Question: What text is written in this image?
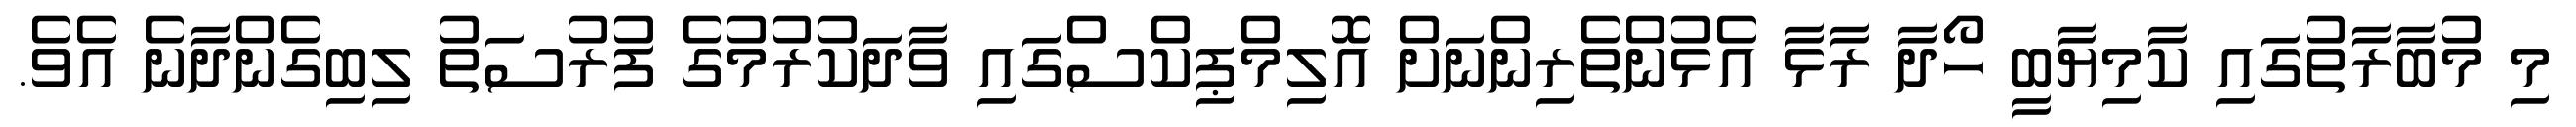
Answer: މި މުބާރާތުގައި ކާމިޔާބީ ހޯދާ ރާޅާ އެޅުންތެރިންނަށް އޮލިމްޕިކްސްގައި ވާދަކުރުމުގެ ފުރުސަތު ލިބިގެންދާނެ އެވެ.